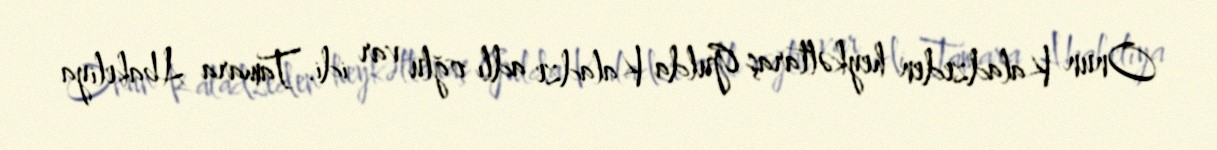
Onun Kaladzeden heykəltaraş Gulda Kaladze adlı oğlu var idi. Tamara Abakeliya